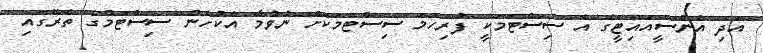
އަދި އެންސީއައިޓީގެ އެ ސިސްޓަމަކީ ފުރިހަމަ ސިސްޓަމަކަށް ނުވުމާ އެކުހެން ސިސްޓަމްގެ ތެރޭގައި